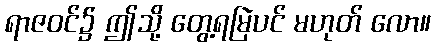
ရာဇဝင်၌ ဤသို့ တွေ့ရမြဲပင် မဟုတ် လော။